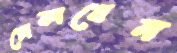
ঢোকাবেন